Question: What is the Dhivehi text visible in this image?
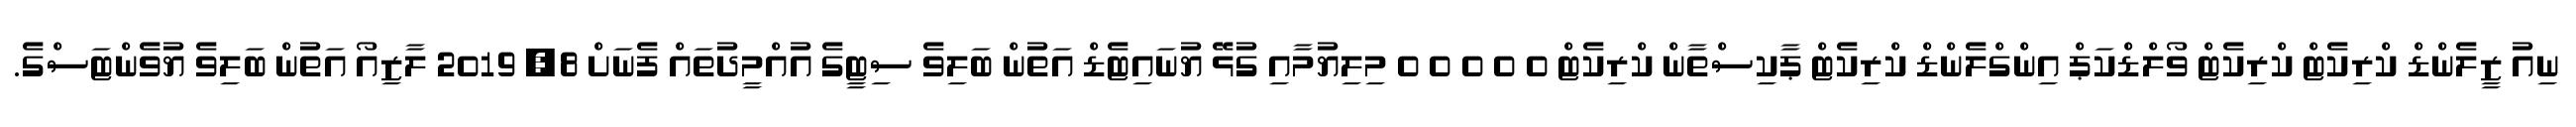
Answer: ނިއު ޒީލެންޑް ކްރިކެޓް ކްރިކެޓް ވޯލްޑްކަޕް އިންގްލެންޑް ކްރިކެޓް ޕާކިސްތާން ކްރިކެޓް 0 0 0 0 0 މިލިޔުމާއި ގުޅޭ ޔުނައިޓެޑް އަތުން ބަލިވެ ސިޓީގެ އުއްމީދުތައް ފެނަށް 8, 2019 ލާޒިއޯ އަތުން ބަލިވެ ޔުވެންޓަސްގެ.